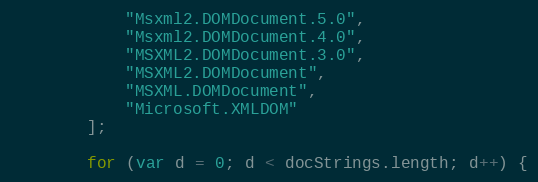
Language: JavaScript
            "Msxml2.DOMDocument.5.0",
            "Msxml2.DOMDocument.4.0",
            "MSXML2.DOMDocument.3.0",
            "MSXML2.DOMDocument",
            "MSXML.DOMDocument",
            "Microsoft.XMLDOM"
        ];

        for (var d = 0; d < docStrings.length; d++) {